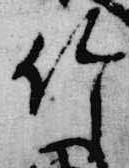
竹